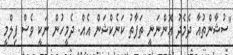
"ސުޝާންތުއާ ދެމެދު އޮންނަނީ ތަފާތު ކަނެކްޝަން އެއް. ދެމީހުން ނަކީ ވެސް ފިލްމީ